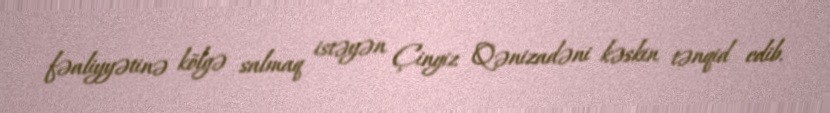
fəaliyyətinə kölgə salmaq istəyən Çingiz Qənizadəni kəskin tənqid edib.